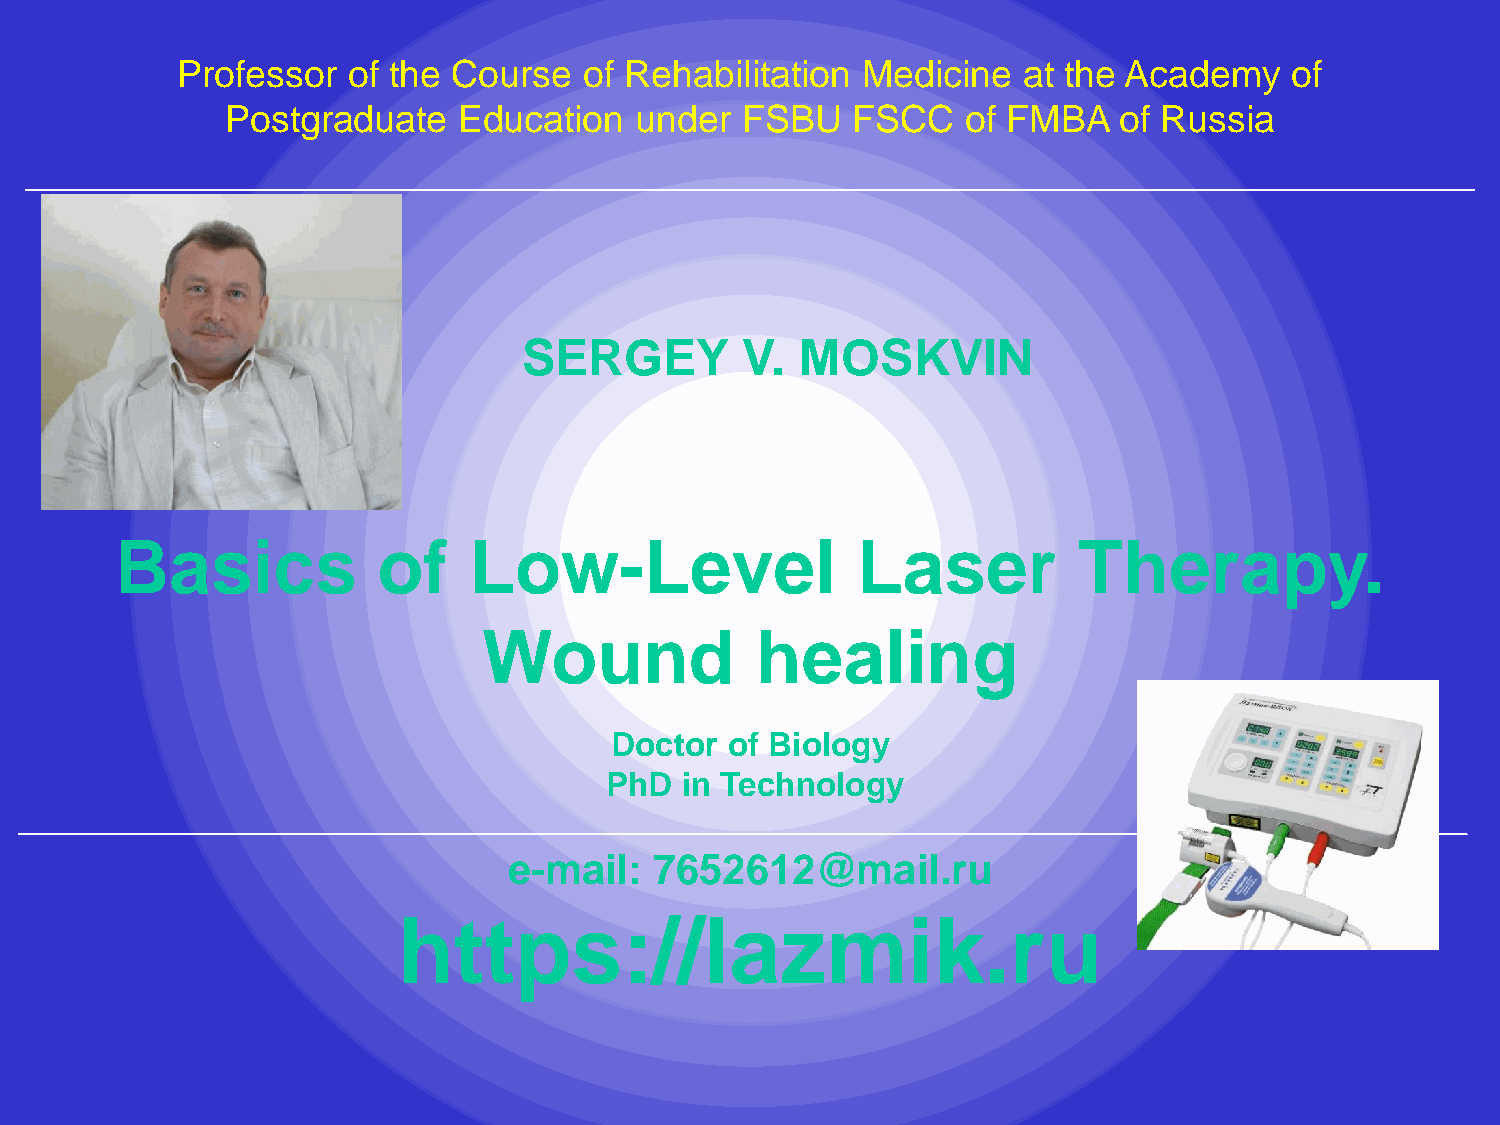
Professor  of the Course   of Rehabilitation Medicine   at the Academy    of
 Postgraduate   Education   under  FSBU   FSCC    of FMBA   of Russia
 SERGEY        V.  MOSKVIN
 Basics           of    Low-Level                 Laser         Therapy.
 Wound             healing
 Doctor  of Biology
 PhD  in Technology
 e-mail:  7652612@mail.ru
 https://lazmik.ru